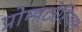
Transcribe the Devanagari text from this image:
प्रोम्पटोरियम